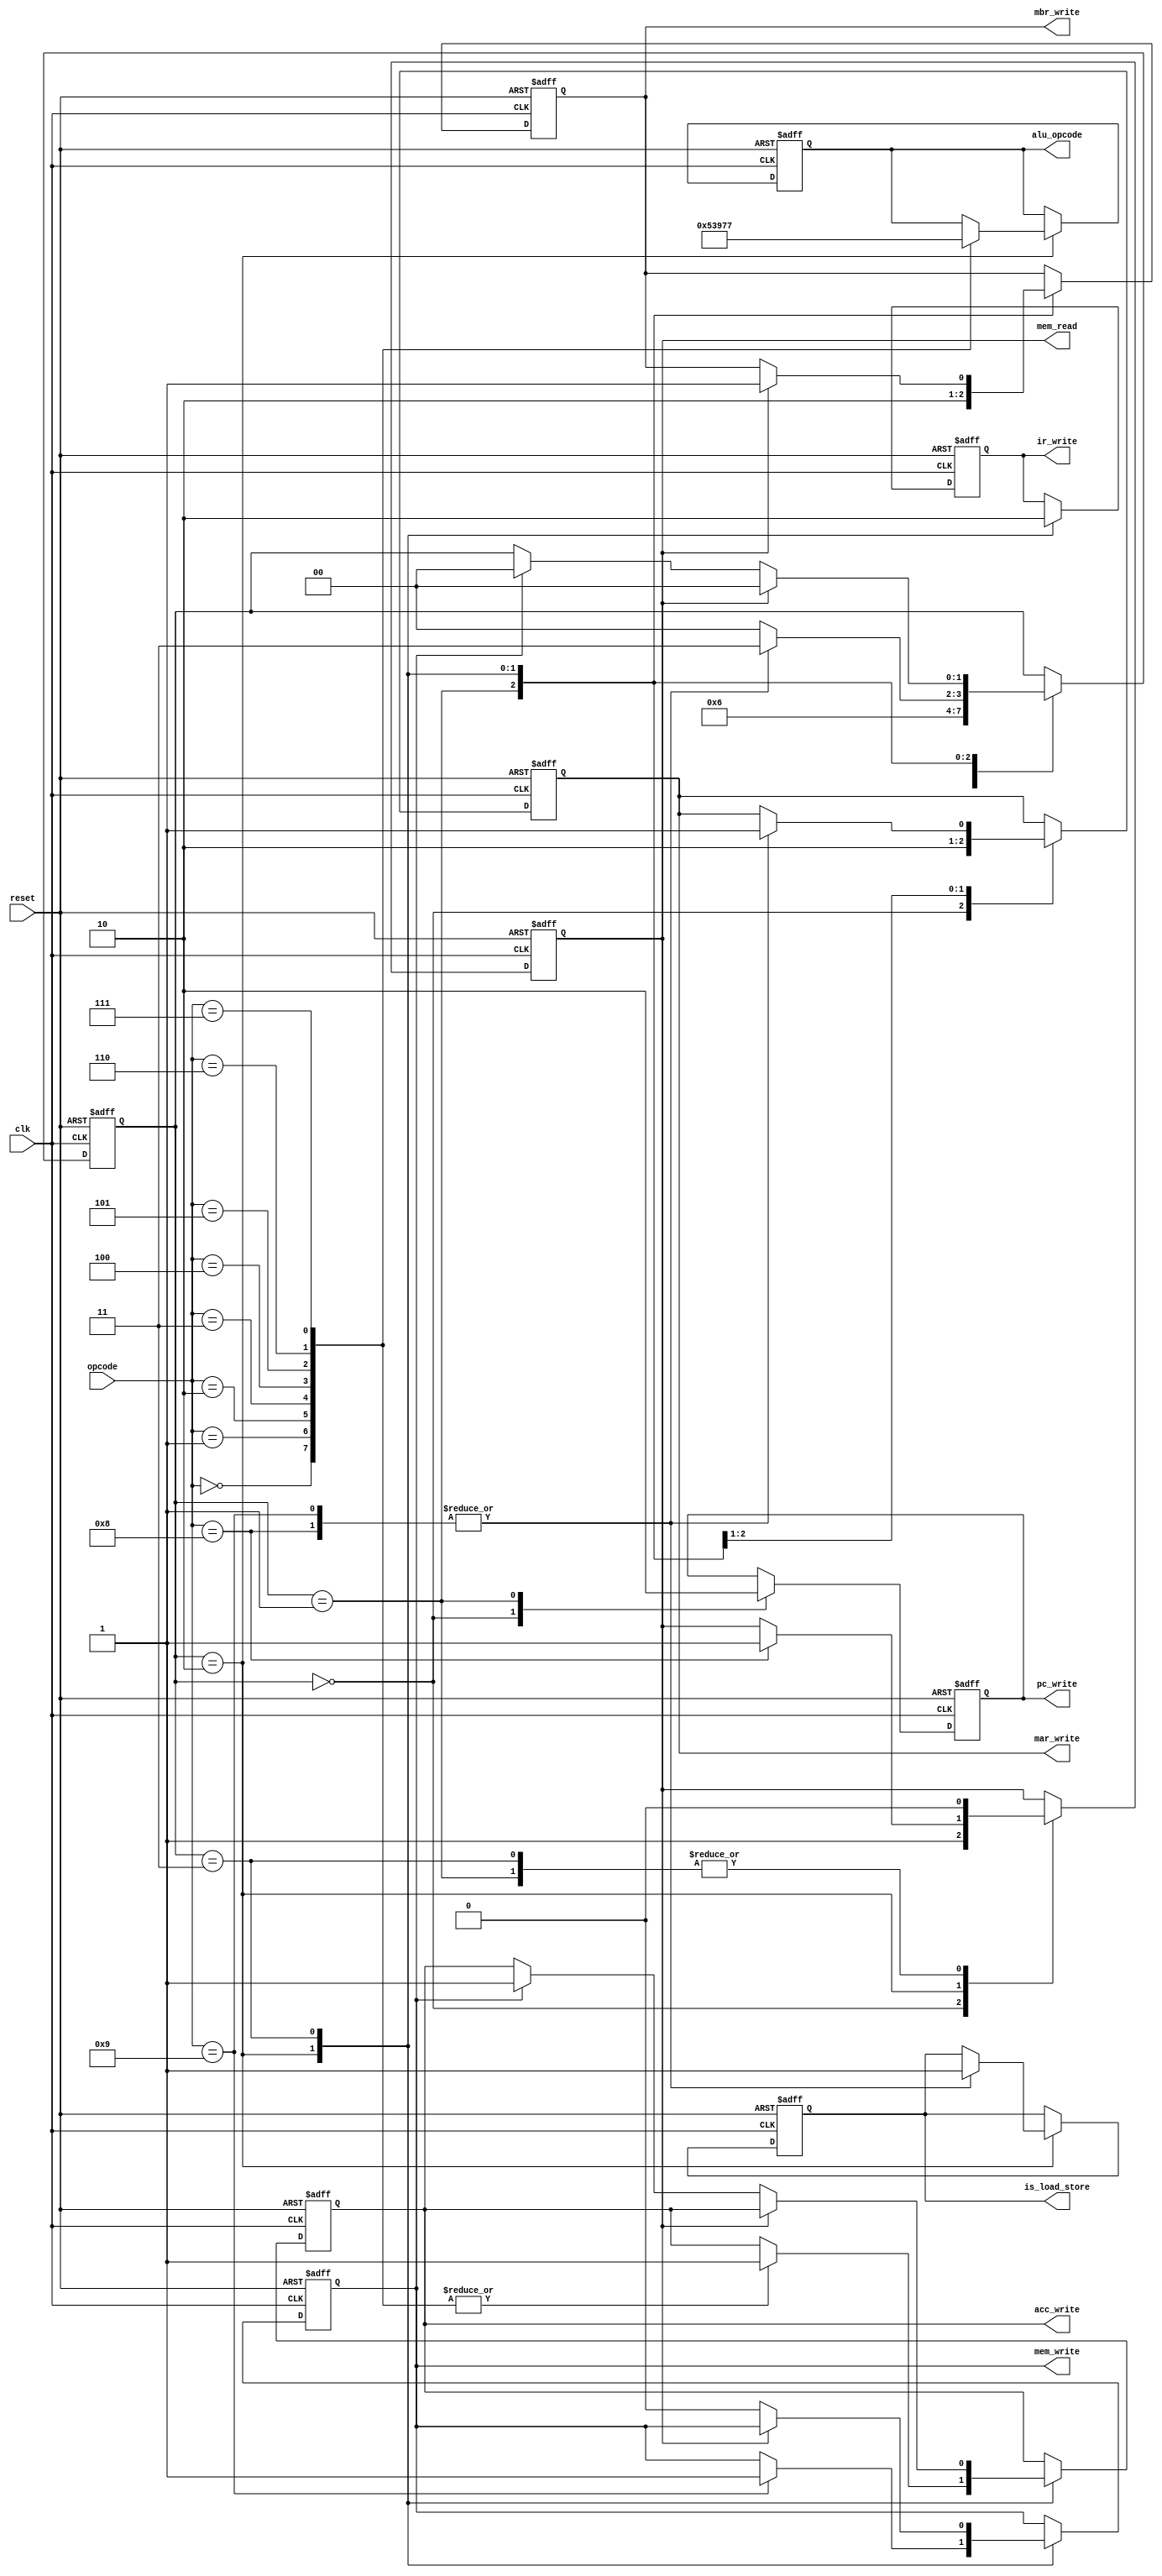
module ControlUnit (
  input wire clk,
  input wire reset,
  input wire [3:0] opcode,
  output reg pc_write,
  output reg mar_write,
  output reg mbr_write,
  output reg ir_write,
  output reg acc_write,
  output reg mem_read,
  output reg mem_write,
  output reg [2:0] alu_opcode,
  output reg is_load_store
);

  // Define states for the instruction cycle
  localparam FETCH = 0,
             DECODE = 1,
             EXECUTE = 2,
             STORE_RESULT = 3;

  reg [1:0] current_state; 

  always @(posedge clk or posedge reset) begin
    if (reset) begin
      current_state <= FETCH;
      pc_write <= 0;
      mar_write <= 0;
      mbr_write <= 0;
      ir_write <= 0;
      acc_write <= 0;
      mem_read <= 0;
      mem_write <= 0;
      alu_opcode <= 3'b000;
      is_load_store <= 0;
    end else begin
      case (current_state)
        FETCH: begin 
          pc_write <= 1; // Enable PC increment
          mar_write <= 1; // Send PC value to MAR
          mem_read <= 1; // Read instruction from memory
          current_state <= DECODE;
        end
        DECODE: begin
          pc_write <= 0;
          mar_write <= 0;
          mem_read <= 0;
          mbr_write <= 1; // Store fetched instruction in MBR
          current_state <= EXECUTE;
        end
        EXECUTE: begin 
          mbr_write <= 0;
          ir_write <= 1; // Move instruction from MBR to IR
          case (opcode)
            4'b0000: begin // ADD
              alu_opcode <= 3'b000;
              acc_write <= 1;
              current_state <= FETCH;
            end
            4'b0001: begin // SUB
              alu_opcode <= 3'b001;
              acc_write <= 1;
              current_state <= FETCH;
            end
            4'b0010: begin // NOT
              alu_opcode <= 3'b010;
              acc_write <= 1;
              current_state <= FETCH;
            end
            4'b0011: begin // AND
              alu_opcode <= 3'b011;
              acc_write <= 1;
              current_state <= FETCH;
            end
            4'b0100: begin // OR
              alu_opcode <= 3'b100;
              acc_write <= 1;
              current_state <= FETCH;
            end
            4'b0101: begin // XOR
              alu_opcode <= 3'b101;
              acc_write <= 1;
              current_state <= FETCH;
            end
            4'b0110: begin // SHL
              alu_opcode <= 3'b110;
              acc_write <= 1;
              current_state <= FETCH;
            end
            4'b0111: begin // SHR
              alu_opcode <= 3'b111;
              acc_write <= 1;
              current_state <= FETCH;
            end
            4'b1000: begin // LOAD
              mar_write <= 1; // Load operand address into MAR
              mem_read <= 1;
              is_load_store <= 1; // Set flag for Load/Store operation
              current_state <= STORE_RESULT; 
            end
            4'b1001: begin // STORE
              mar_write <= 1; // Load operand address into MAR
              mem_write <= 1;
              is_load_store <= 1; // Set flag for Load/Store operation
              current_state <= STORE_RESULT; 
            end
            default: begin
              // NOP or undefined
              current_state <= FETCH;
            end
          endcase
        end

        STORE_RESULT: begin // This state handles loading data into MBR or storing from ACC
          ir_write <= 0; 
          if (mem_read) begin // If it was a LOAD instruction
            mbr_write <= 1;  // Load data from memory into MBR
            mem_read <= 0;
            current_state <= FETCH;
          end else if (mem_write) begin // If it was a STORE instruction
            acc_write <= 1; // Store data from ACC into memory
            mem_write <= 0;
            current_state <= FETCH;
          end
        end
      endcase
    end
  end
endmodule